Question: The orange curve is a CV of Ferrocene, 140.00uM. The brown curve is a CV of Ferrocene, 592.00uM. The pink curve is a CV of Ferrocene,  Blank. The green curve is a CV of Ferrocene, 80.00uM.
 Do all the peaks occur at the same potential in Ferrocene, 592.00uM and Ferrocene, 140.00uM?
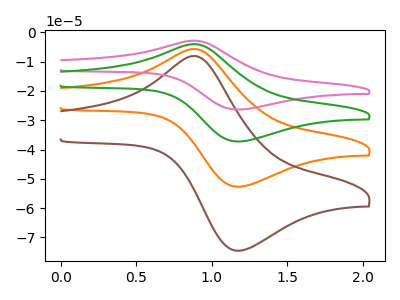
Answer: <think>The orange curve "Ferrocene, 140.00uM" has an anodic peak at (0.90V, -5.70uA) and a cathodic peak at (1.20V, -52.70uA). The brown curve "Ferrocene, 592.00uM" has an anodic peak at (0.90V, -8.10uA) and a cathodic peak at (1.20V, -74.55uA). The pink curve "Ferrocene,  Blank" has an anodic peak at (0.90V, -17.15uA) and a cathodic peak at (1.20V, -158.10uA). The green curve "Ferrocene, 80.00uM" has an anodic peak at (0.90V, -11.45uA) and a cathodic peak at (1.20V, -105.40uA).</think>
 <answer>Yes, "Ferrocene, 592.00uM" have a peak in "Ferrocene, 140.00uM" at the same potential.</answer>
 <eval>match</eval>